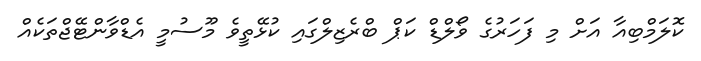
ކޮލަމްބިއާ އަށް މި ފަހަރުގެ ވޯލްޑް ކަޕް ބްރެޒިލްގައި ކުޅޭތީވެ މޫސުމީ އެޑްވާންޓޭޖްތަކެއް